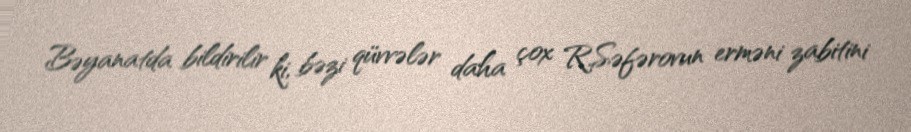
Bəyanatda bildirilir ki, bəzi qüvvələr daha çox R.Səfərovun erməni zabitini